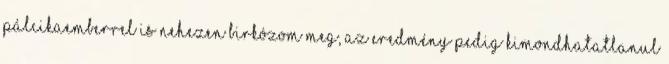
pálcikaemberrel is nehezen birkózom meg, az eredmény pedig kimondhatatlanul